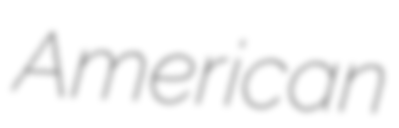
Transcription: American